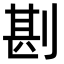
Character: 𠝻